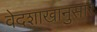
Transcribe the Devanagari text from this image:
वेदशाखानुसार